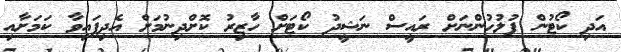
އަދި ކޯޓުން ފުލުހުންނަށް ރައީސް ނަޝީދު ކޯޓަށް ހާޒިރު ކޮށްދިނުމަށް އެދިފައިވާ ކަމަށާއި